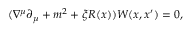
( \nabla ^ { \mu } \partial _ { \mu } + m ^ { 2 } + \xi R ( x ) ) W ( x , x ^ { \prime } ) = 0 ,